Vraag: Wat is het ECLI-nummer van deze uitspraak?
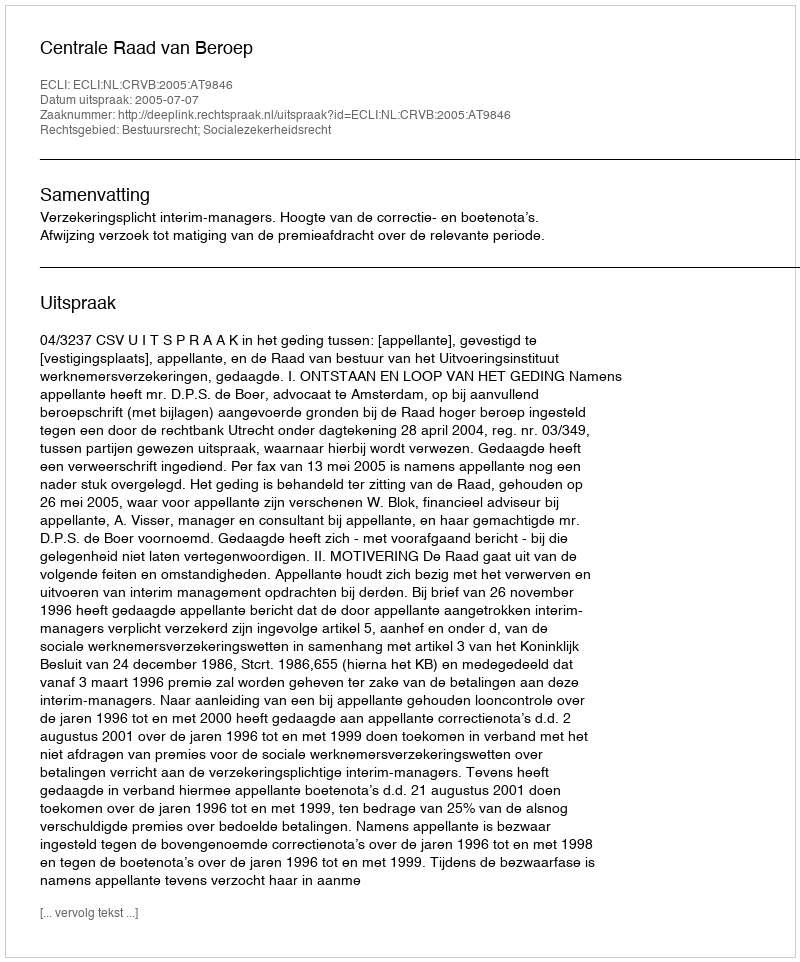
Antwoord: ECLI:NL:CRVB:2005:AT9846